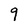
Character: 9